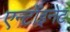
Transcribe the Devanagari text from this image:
एन्टोंइनेट